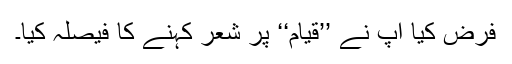
فرض کیا آپ نے ’’قیام‘‘ پر شعر کہنے کا فیصلہ کیا۔